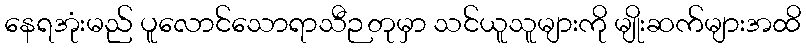
နေရအုံးမည် ပူလောင်သောရာသီဉတုမှာ သင်ယူသူများကို မျိုးဆက်များအထိ